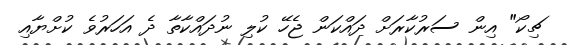
ޗިކޯ" އިން ސަރުކާރަށް ދައްކަން ޖެހޭ ކުލި ނުދައްކާތާ ދެ އަހަރުވެ ކުށްޔާއި